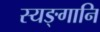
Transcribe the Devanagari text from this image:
स्यङ्गानि